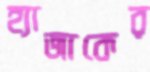
হ্যাজাকের